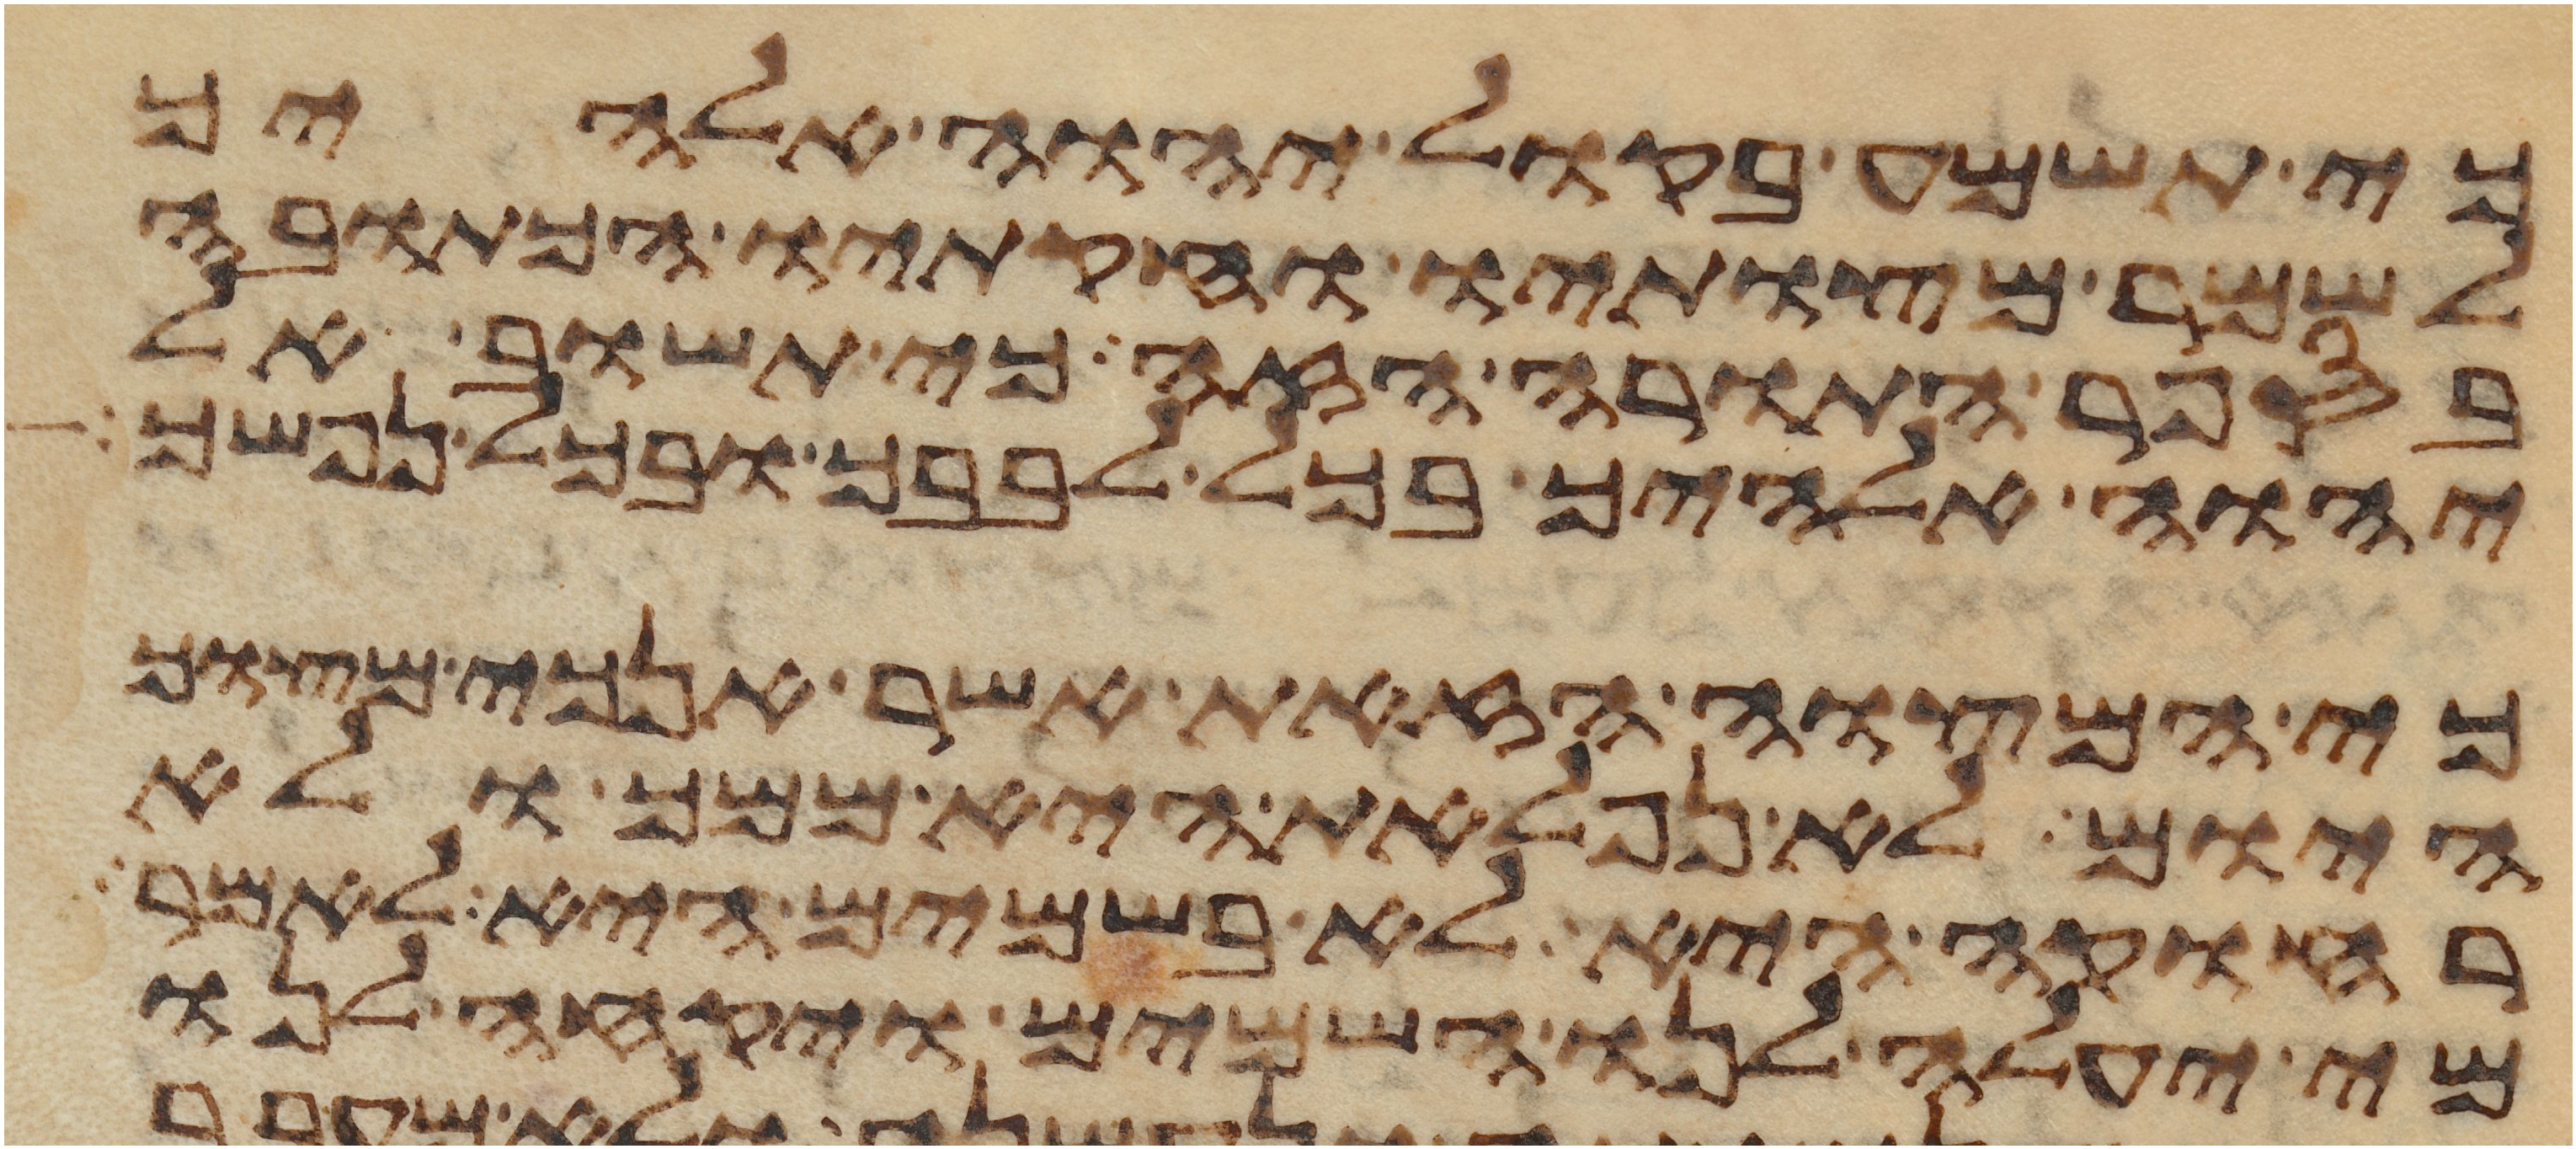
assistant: כי תשמע בקול יהוה אלהיך
לשמר מצותיו וחקתיו הכתובה
בספר התורה הזה כי תשוב אל
יהוה אלהיך בכל לבבך ובכל נפשך
כי המצוה הזאת אשר אנכי מצוך
היום לא נפלאת היא ממך ולא
רחוקה היא לא בשמים היא לאמר
מי יעלה לנו השמים ויקחה לנו